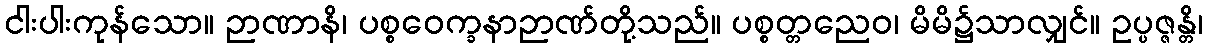
ငါးပါးကုန်သော။ ဉာဏာနိ၊ ပစ္စဝေက္ခနာဉာဏ်တို့သည်။ ပစ္စတ္တညေဝ၊ မိမိ၌သာလျှင်။ ဥပ္ပဇ္ဇန္တိ၊